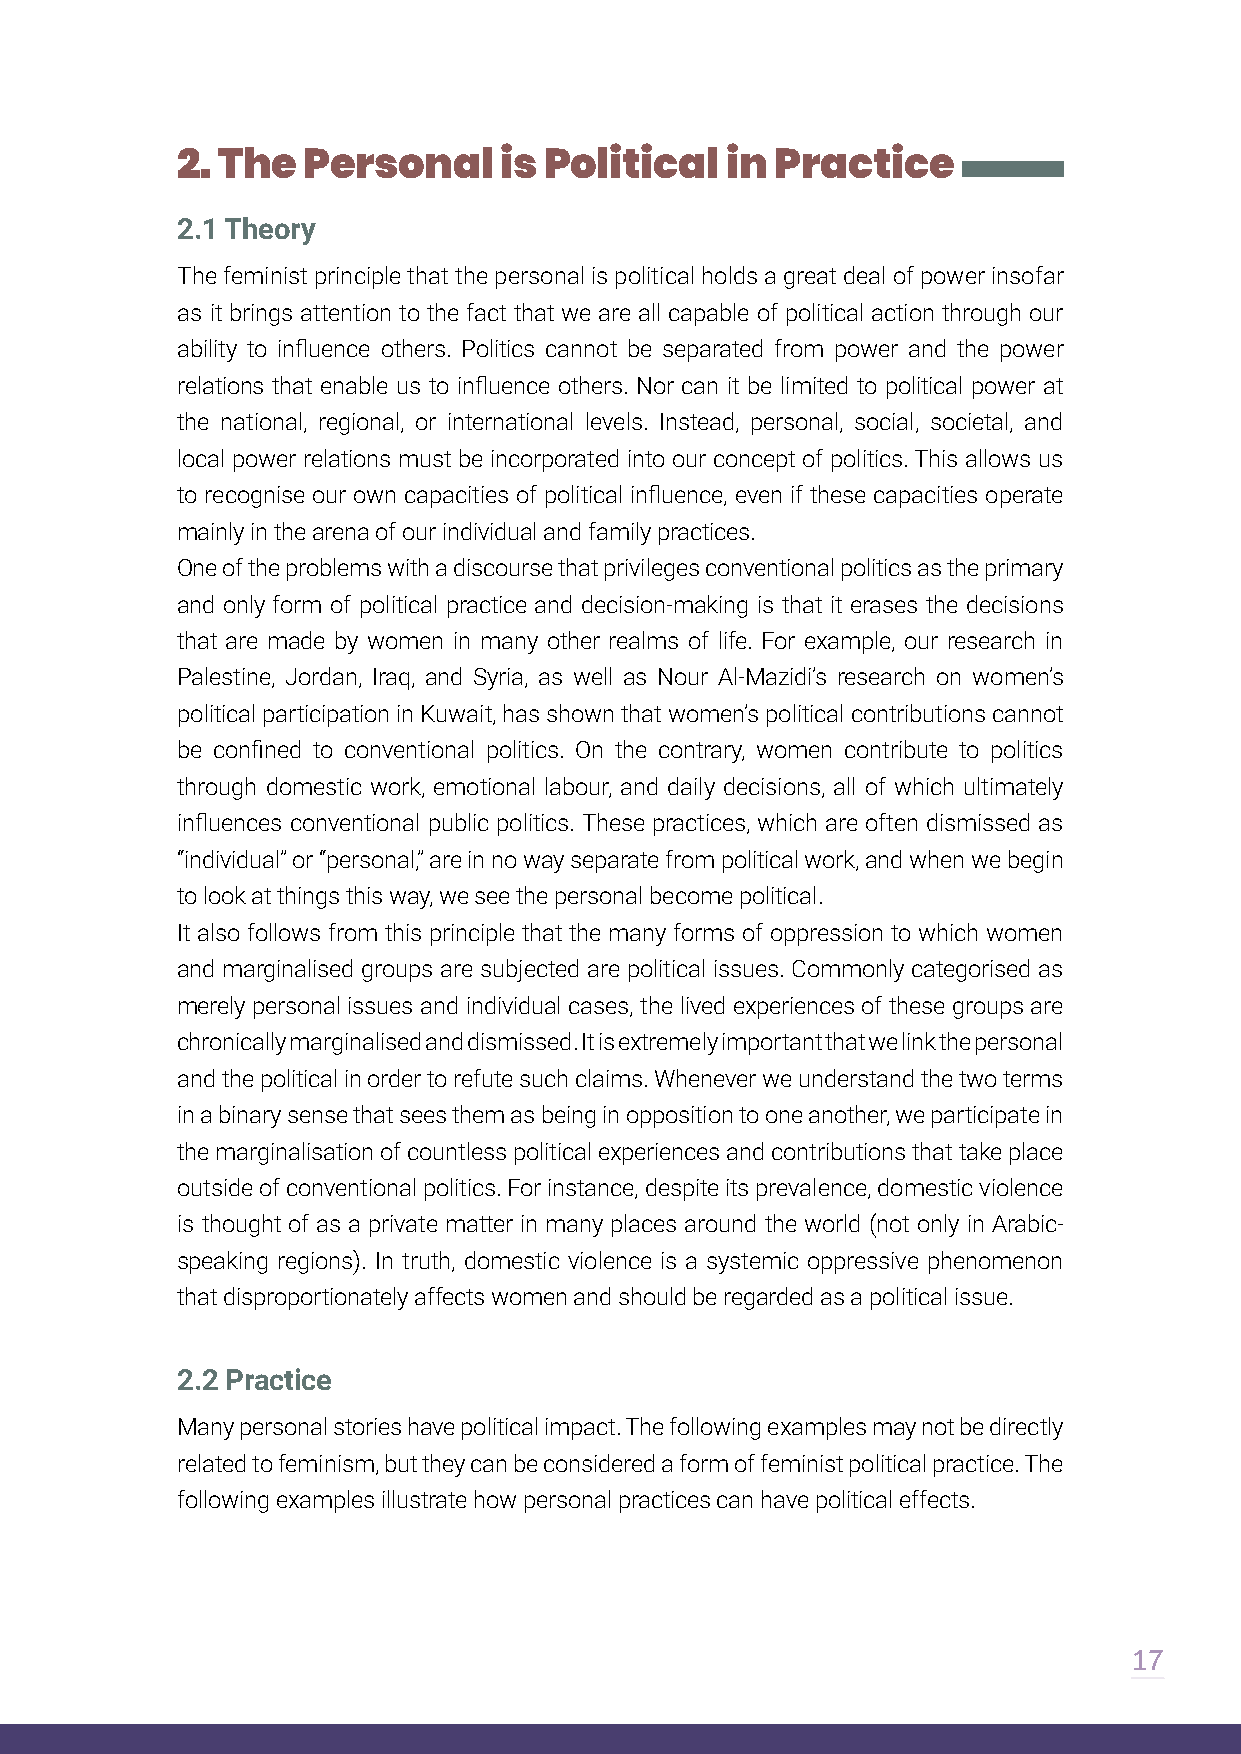
2. The  Personal     is Political   in Practice
 2.1 Theory
 The feminist principle that the personal is political holds a great deal of power insofar
 as it brings attention to the fact that we are all capable of political action through our
 ability to influence others. Politics cannot be separated from power and the power
 relations that enable us to influence others. Nor can it be limited to political power at
 the national, regional, or international levels. Instead, personal, social, societal, and
 local power relations must be incorporated into our concept of politics. This allows us
 to recognise our own capacities of political influence, even if these capacities operate
 mainly in the arena of our individual and family practices.
 One of the problems with a discourse that privileges conventional politics as the primary
 and only form of political practice and decision-making is that it erases the decisions
 that are made by women in many other realms of life. For example, our research in
 Palestine, Jordan, Iraq, and Syria, as well as Nour Al-Mazidi’s research on women’s
 political participation in Kuwait, has shown that women’s political contributions cannot
 be confined to conventional politics. On the contrary, women contribute to politics
 through domestic work, emotional labour, and daily decisions, all of which ultimately
 influences conventional public politics. These practices, which are often dismissed as
 “individual” or “personal,” are in no way separate from political work, and when we begin
 to look at things this way, we see the personal become political.
 It also follows from this principle that the many forms of oppression to which women
 and marginalised groups are subjected are political issues. Commonly categorised as
 merely personal issues and individual cases, the lived experiences of these groups are
 chronically marginalised and dismissed. It is extremely important that we link the personal
 and the political in order to refute such claims. Whenever we understand the two terms
 in a binary sense that sees them as being in opposition to one another, we participate in
 the marginalisation of countless political experiences and contributions that take place
 outside of conventional politics. For instance, despite its prevalence, domestic violence
 is thought of as a private matter in many places around the world (not only in Arabic-
 speaking regions). In truth, domestic violence is a systemic oppressive phenomenon
 that disproportionately affects women and should be regarded as a political issue.
 2.2 Practice
 Many personal stories have political impact. The following examples may not be directly
 related to feminism, but they can be considered a form of feminist political practice. The
 following examples illustrate how personal practices can have political effects.
 17